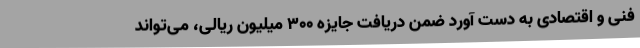
فنی و اقتصادی به دست آورد ضمن دریافت جایزه 300 میلیون ریالی، می‌تواند